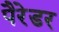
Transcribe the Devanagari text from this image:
पैरेडर